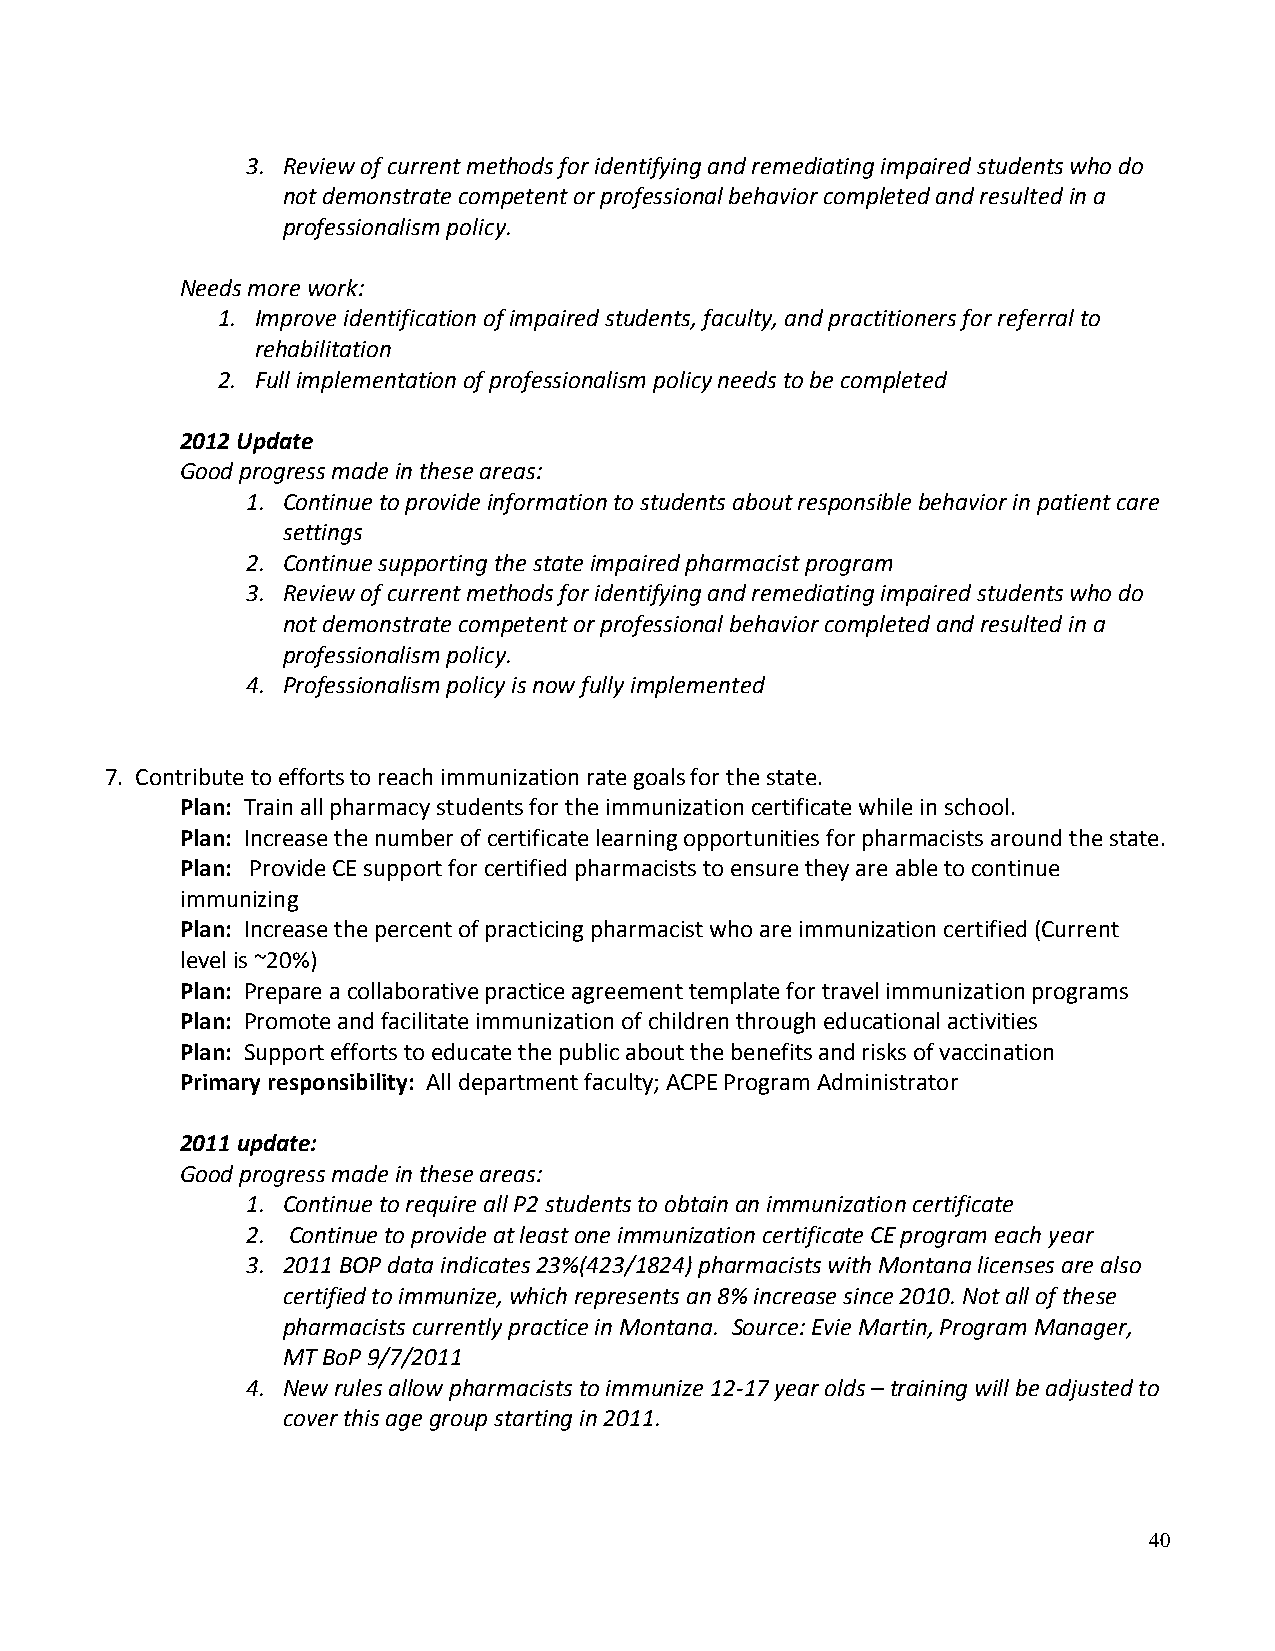
3. Review of current methods for identifying and remediating impaired students who do
 not demonstrate competent or professional behavior completed and resulted in a
 professionalism policy.
 Needs more work:
 1. Improve identification of impaired students, faculty, and practitioners for referral to
 rehabilitation
 2. Full implementation of professionalism policy needs to be completed
 2012 Update
 Good progress made in these areas:
 1. Continue to provide information to students about responsible behavior in patient care
 settings
 2. Continue supporting the state impaired pharmacist program
 3. Review of current methods for identifying and remediating impaired students who do
 not demonstrate competent or professional behavior completed and resulted in a
 professionalism policy.
 4. Professionalism policy is now fully implemented
 7. Contribute to efforts to reach immunization rate goals for the state.
 Plan: Train all pharmacy students for the immunization certificate while in school.
 Plan: Increase the number of certificate learning opportunities for pharmacists around the state.
 Plan: Provide CE support for certified pharmacists to ensure they are able to continue
 immunizing
 Plan: Increase the percent of practicing pharmacist who are immunization certified (Current
 level is ~20%)
 Plan: Prepare a collaborative practice agreement template for travel immunization programs
 Plan: Promote and facilitate immunization of children through educational activities
 Plan: Support efforts to educate the public about the benefits and risks of vaccination
 Primary responsibility: All department faculty; ACPE Program Administrator
 2011 update:
 Good progress made in these areas:
 1. Continue to require all P2 students to obtain an immunization certificate
 2. Continue to provide at least one immunization certificate CE program each year
 3. 2011 BOP data indicates 23%(423/1824) pharmacists with Montana licenses are also
 certified to immunize, which represents an 8% increase since 2010. Not all of these
 pharmacists currently practice in Montana. Source: Evie Martin, Program Manager,
 MT BoP 9/7/2011
 4. New rules allow pharmacists to immunize 12-17 year olds – training will be adjusted to
 cover this age group starting in 2011.
 40